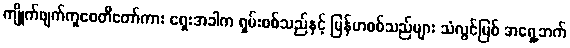
ကျိုက်ဖျက်ကူစေတီတော်ကား ရှေးအခါက ရှမ်းစစ်သည်နှင့် မြန်မာစစ်သည်များ သံလွင်မြစ် အရှေ့ဘက်